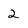
Character: 2